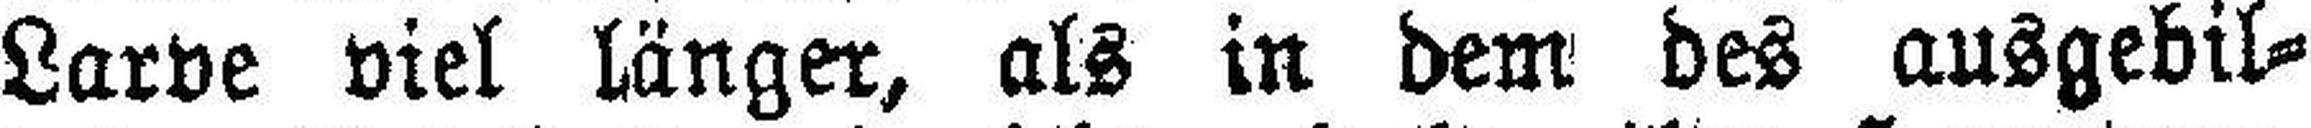
Larve viel länger, als in dem des ausgebil¬